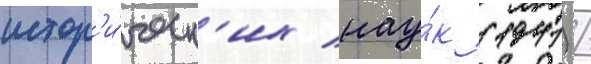
истор'и́ческ'их нау́к (1941) /